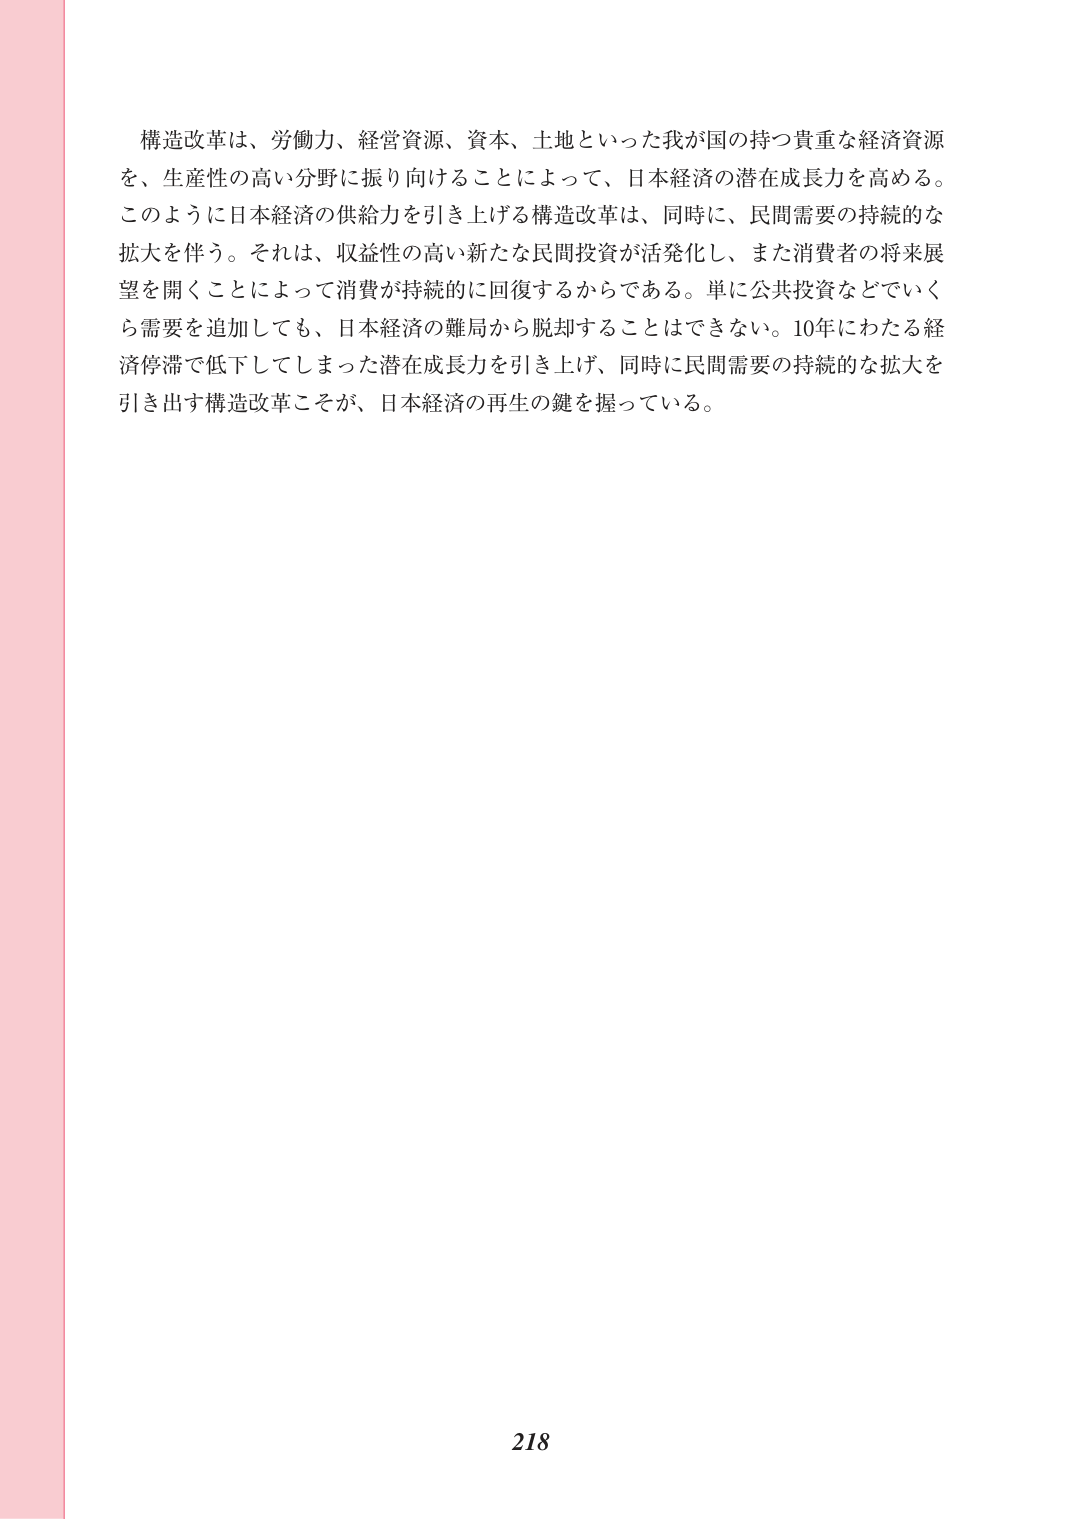
構造改革は、労働力、経営資源、資本、土地といった我が国のもつ貴重な経済資源を、生産性の高い分野に振り向けることによって、日本経済の潜在成長力を高める。このように日本経済の供給力を引き上げる構造改革は、同時に、民間需要の持続的な拡大を伴う。それは、収益性の高い新たな民間投資が活発化し、また消費者の将来展望を開くことによって消費が持続的に回復するからである。単に公共投資などでいくら需要を追加しても、日本経済の難局から脱却することはできない。10年にわたる経済停滞で低下してしまった潜在成長力を引き上げ、同時に民間需要の持続的な拡大を引き出す構造改革こそが、日本経済の再生の鍵を握っている。

218